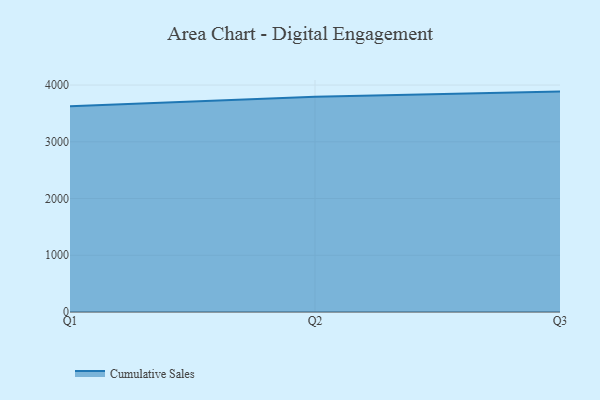
{"axis": {"x": "Quarter", "y": "Gross Profit (USD K)"}, "legend": ["Cumulative Sales"], "data": [{"x": "Q1", "y": 3626.8, "type": "Cumulative Sales"}, {"x": "Q2", "y": 3794.3, "type": "Cumulative Sales"}, {"x": "Q3", "y": 3884.7, "type": "Cumulative Sales"}]}